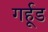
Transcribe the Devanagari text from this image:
गर्हूड